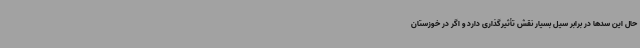
حال این سدها در برابر سیل بسیار نقش تأثیرگذاری دارد و اگر در خوزستان